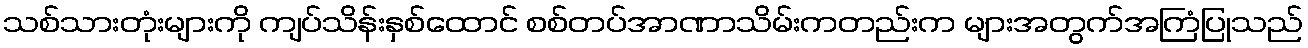
သစ်သားတုံးများကို ကျပ်သိန်းနှစ်ထောင် စစ်တပ်အာဏာသိမ်းကတည်းက များအတွက်အကြံပြုသည်